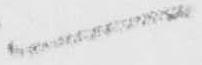
一